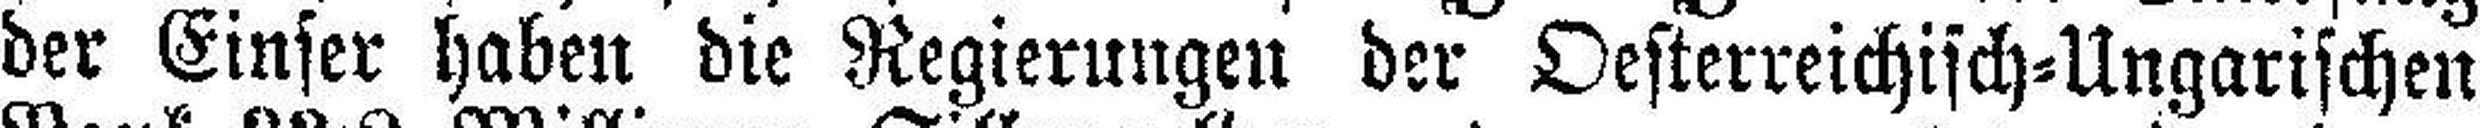
der Einser haben die Regierungen der Oesterreichisch=Ungarischen